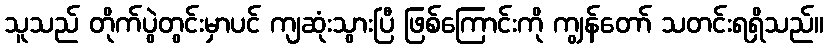
သူသည် တိုက်ပွဲတွင်းမှာပင် ကျဆုံးသွားပြီ ဖြစ်ကြောင်းကို ကျွန်တော် သတင်းရရှိသည်။